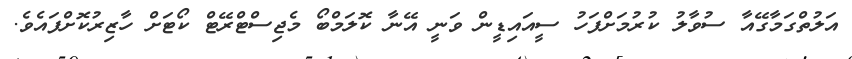
އަލުތްގަމާގޭއާ ސުވާލު ކުރުމަށްފަހު ސީއައިޑީން ވަނީ އޭނާ ކޮލަމްބޯ މެޖިސްޓްރޭޓް ކޯޓަށް ހާޒިރުކޮށްފައެވެ.